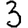
Digit: 3